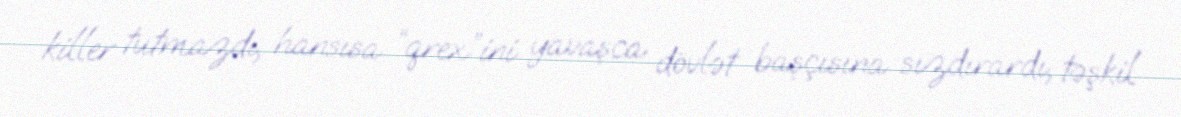
killer tutmazdı, hansısa “qrex”ini yavaşca dövlət başçısına sızdırardı, təşkil